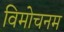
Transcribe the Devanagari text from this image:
विमोचनम